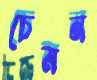
চেমন